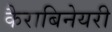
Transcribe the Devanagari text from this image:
कैराबिनेयरी